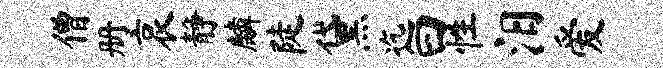
僧册哀静麟陡黛迄曰性汨爱